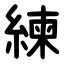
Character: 練